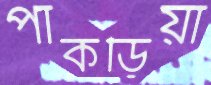
পাকড়িয়া